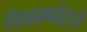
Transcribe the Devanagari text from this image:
गेमस्पॉटने